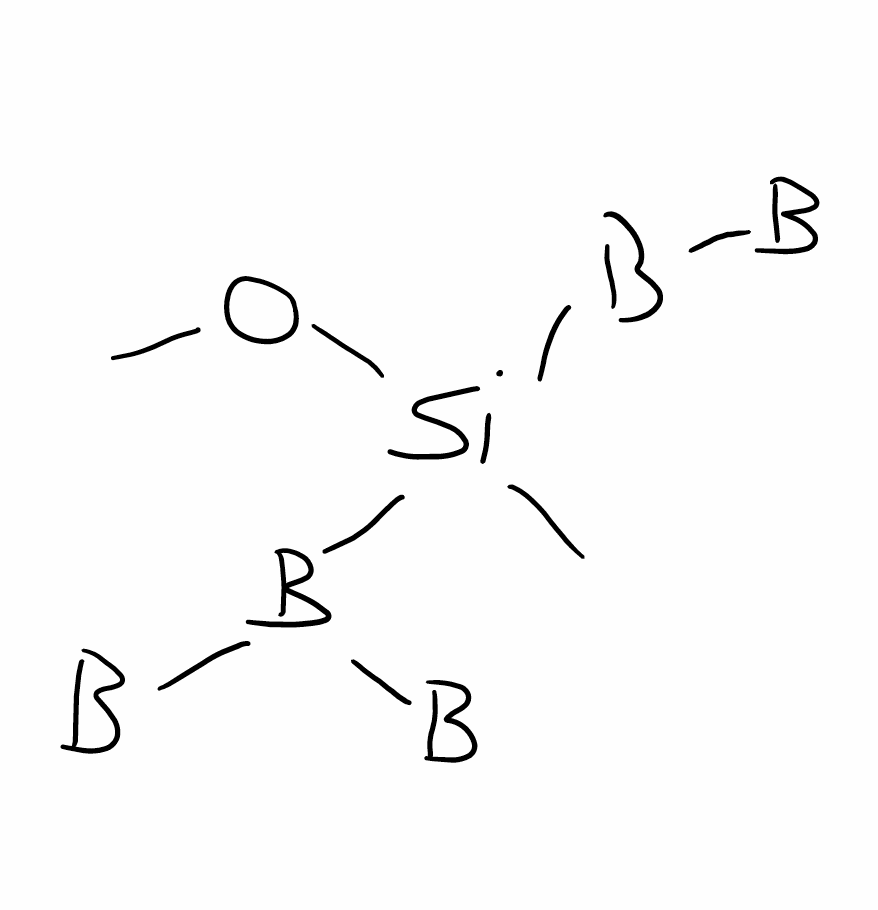
Simplified molecular-input line-entry system (SMILES) notation of the given molecule:
[B][B][Si](B([B])[B])(C)OC